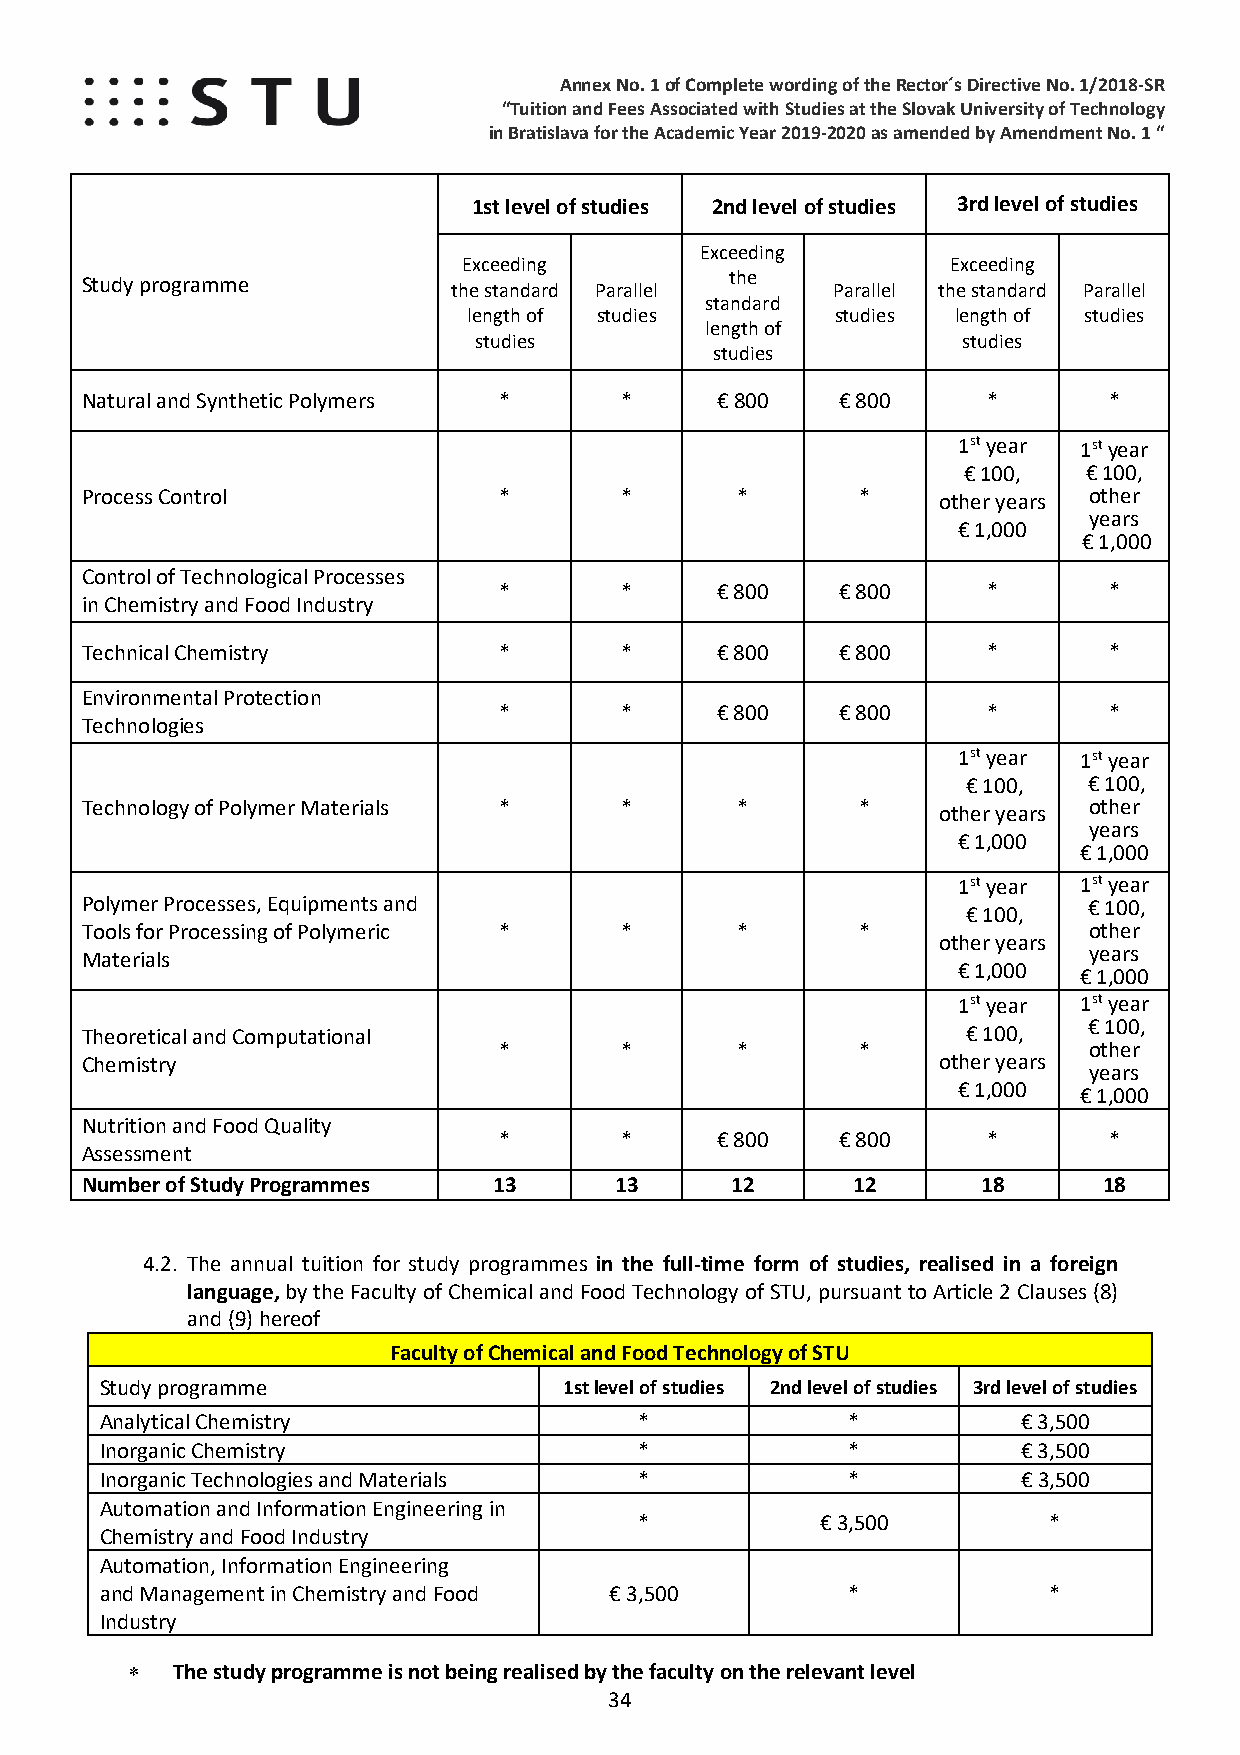
Annex No. 1 of Complete wording of the Rector´s Directive No. 1/2018-SR
 “Tuition and Fees Associated with Studies at the Slovak University of Technology
 in Bratislava for the Academic Year 2019-2020 as amended by Amendment No. 1 “
 1st level of studies 2nd level of studies 3rd level of studies
 Exceeding
 Exceeding                       Exceeding
 the
 Study programme          the standard Parallel    Parallel the standard Parallel
 standard
 length of studies       studies length of studies
 length of
 studies                          studies
 studies
 Natural and Synthetic Polymers *    *     € 800    € 800    *       *
 1st year 1st year
 € 100,  € 100,
 Process Control             *       *       *       *    other years other
 years
 € 1,000
 € 1,000
 Control of Technological Processes
 *       *     € 800    € 800    *       *
 in Chemistry and Food Industry
 Technical Chemistry         *       *     € 800    € 800    *       *
 Environmental Protection
 *       *     € 800    € 800    *       *
 Technologies
 1st year 1st year
 € 100,  € 100,
 Technology of Polymer Materials *   *       *       *    other years other
 years
 € 1,000
 € 1,000
 1st year 1st year
 Polymer Processes, Equipments and                                  € 100,
 € 100,
 Tools for Processing of Polymeric * *       *       *              other
 other years
 Materials                                                          years
 € 1,000 € 1,000
 1st year 1st year
 € 100,
 Theoretical and Computational                              € 100,
 *       *       *       *              other
 Chemistry                                                other years
 years
 € 1,000 € 1,000
 Nutrition and Food Quality
 *       *     € 800    € 800    *       *
 Assessment
 Number of Study Programmes  13      13     12      12       18      18
 4.2. The annual tuition for study programmes in the full-time form of studies, realised in a foreign
 language, by the Faculty of Chemical and Food Technology of STU, pursuant to Article 2 Clauses (8)
 and (9) hereof
 Faculty of Chemical and Food Technology of STU
 Study programme               1st level of studies 2nd level of studies 3rd level of studies
 Analytical Chemistry               *             *           € 3,500
 Inorganic Chemistry                *             *           € 3,500
 Inorganic Technologies and Materials *           *           € 3,500
 Automation and Information Engineering in
 *           € 3,500        *
 Chemistry and Food Industry
 Automation, Information Engineering
 and Management in Chemistry and Food € 3,500     *            *
 Industry
 ∗  T he study programme is not being realised by the faculty on the relevant level
 34